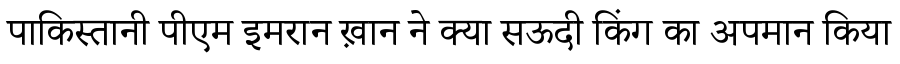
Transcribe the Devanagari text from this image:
पाकिस्तानी पीएम इमरान ख़ान ने क्या सऊदी किंग का अपमान किया